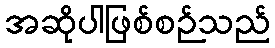
အဆိုပါဖြစ်စဉ်သည်